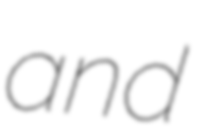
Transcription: and